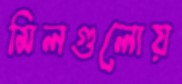
মিলগুলোয়